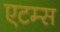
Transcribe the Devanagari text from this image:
एटम्स